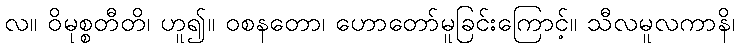
လ။ ဝိမုစ္စတီတိ၊ ဟူ၍။ ဝစနတော၊ ဟောတော်မူခြင်းကြောင့်။ သီလမူလကာနိ၊